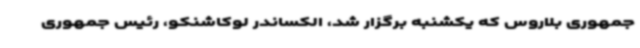
جمهوری بلاروس که یکشنبه برگزار شد، الکساندر لوکاشنکو، رئیس جمهوری